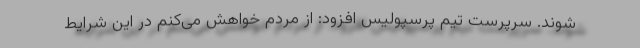
شوند. سرپرست تیم پرسپولیس افزود: از مردم خواهش می‌کنم در این شرایط